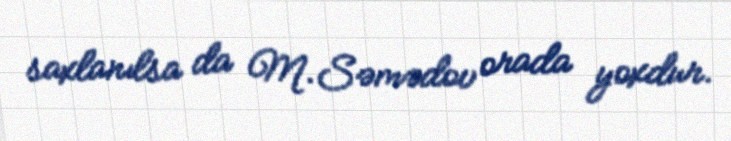
saxlanılsa da M.Səmədov orada yoxdur.